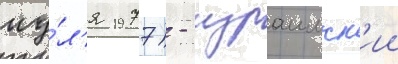
иу́л'я 1977) - израильск'ии